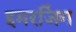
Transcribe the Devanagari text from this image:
इमरजिंग